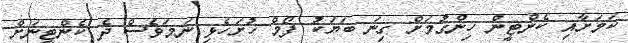
ކަމަށާއި ކެންޓީން ހިންގުމަށް ގިނަ ބަޔަކު ފޯމް ހުށަހެޅި ނަމަވެސް ދެ ކެންޓީނަށް